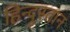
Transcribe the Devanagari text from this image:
हिन्दूस्तान